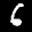
Label: 6